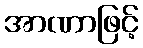
အာဏာဖြင့်